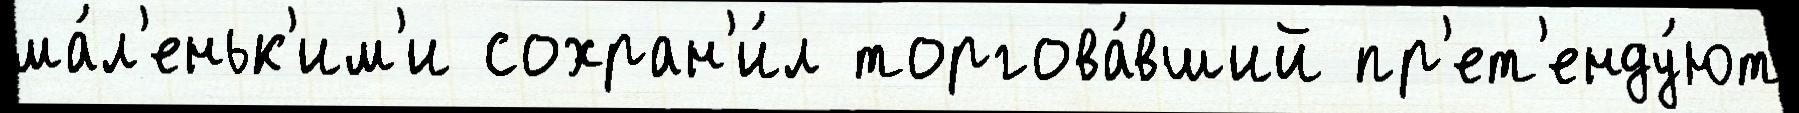
ма́л'еньк'им'и сохран'и́л торгова́вший пр'ет'енду́ют